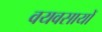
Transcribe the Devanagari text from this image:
वयवसायों